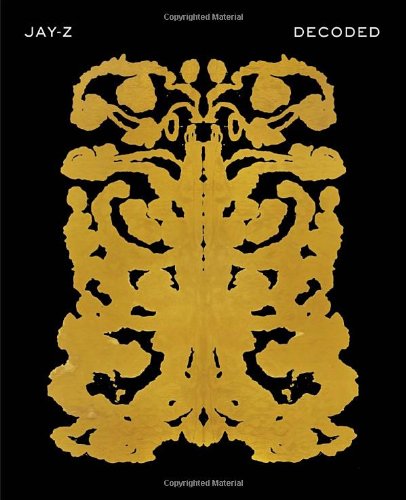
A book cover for Decoded; Jay-Z; Arts & Photography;